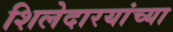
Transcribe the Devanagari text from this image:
शिलेदारयांच्या